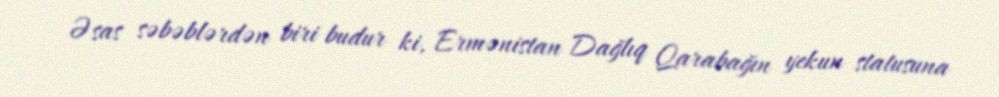
Əsas səbəblərdən biri budur ki, Ermənistan Dağlıq Qarabağın yekun statusuna